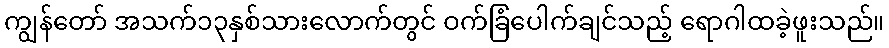
ကျွန်တော် အသက်၁၃နှစ်သားလောက်တွင် ဝက်ခြံပေါက်ချင်သည့် ရောဂါထခဲ့ဖူးသည်။